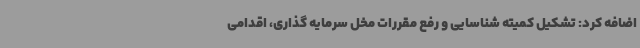
اضافه کرد: تشکیل کمیته شناسایی و رفع مقررات مخل سرمایه گذاری، اقدامی